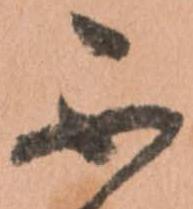
不